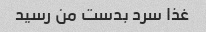
غذا سرد بدست من رسید